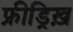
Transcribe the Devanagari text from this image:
फ्रीड्रिख़